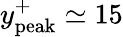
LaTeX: y_{\mathrm{peak}}^{+}\simeq 15